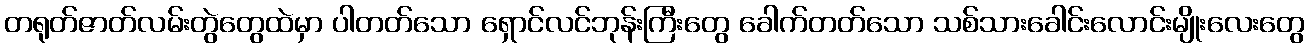
တရုတ်ဇာတ်လမ်းတွဲတွေထဲမှာ ပါတတ်သော ရှောင်လင်ဘုန်းကြီးတွေ ခေါက်တတ်သော သစ်သားခေါင်းလောင်းမျိုးလေးတွေ